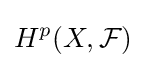
H^{p}(X,{\mathcal {F}})